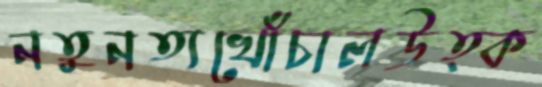
নতুনত্যখোঁচালউত্ক